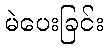
မဲပေးခြင်း